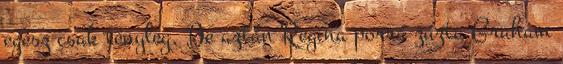
egész csak tényleg. De aztán Regina porrá zúzta Graham